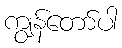
ကျွန်တော်ပါ